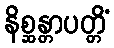
နိစ္ဆန္တာပတ္တိံ